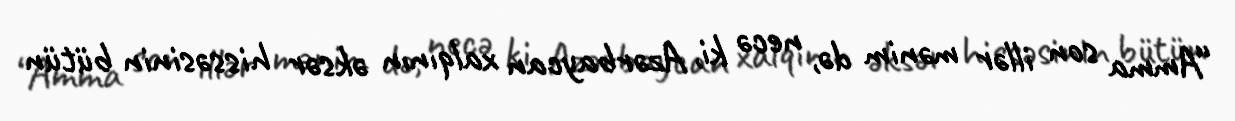
“Amma son illər mənim də, necə ki, Azərbaycan xalqının əksər hissəsinin bütün